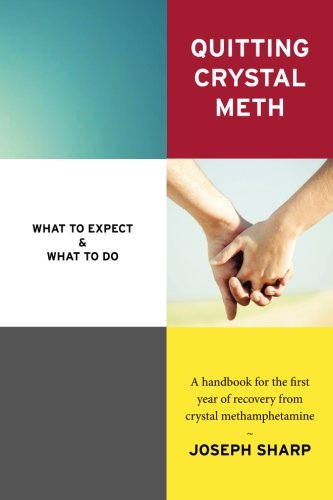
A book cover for Quitting Crystal Meth: What to Expect & What to Do: A Handbook for the first Year of Recovery from Crystal Methamphetamine; Joseph Sharp; Health, Fitness & Dieting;